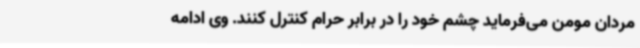
مردان مومن می‌فرماید چشم خود را در برابر حرام کنترل کنند. وی ادامه